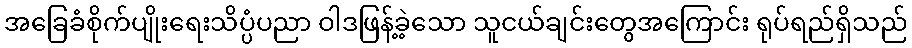
အခြေခံစိုက်ပျိုးရေးသိပ္ပံပညာ ဝါဒဖြန့်ခဲ့သော သူငယ်ချင်းတွေအကြောင်း ရုပ်ရည်ရှိသည်